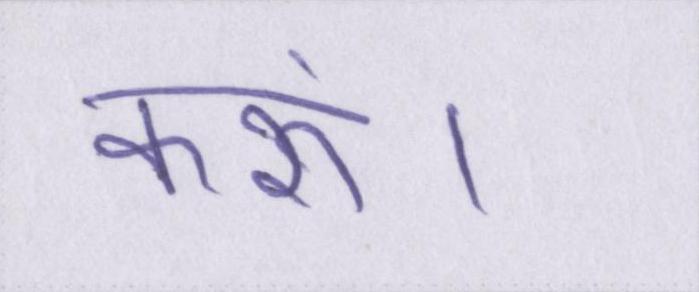
करूं।